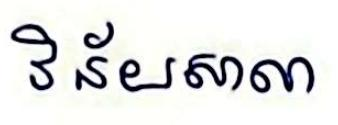
វិន័យសាលា